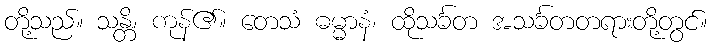
တို့သည်။ သန္တိ၊ ကုန်၏။ တေသံ ဓမ္မာနံ၊ ထိုသင်္ခတ အသင်္ခတတရားတို့တွင်။